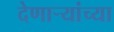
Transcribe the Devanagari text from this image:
देणाऱ्यांच्या